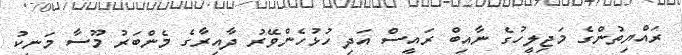
ރައްޔިތުންގެ މަޖިލީހުގެ ނާއިބް ރައީސް އަދި ހުޅުހެންވޭރު ދާއިރާގެ މެންބަރު މޫސާ މަނިކު